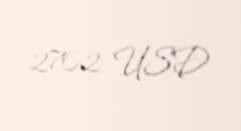
2702 USD